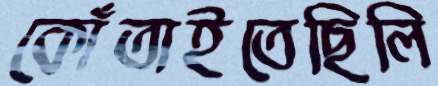
কোঁতাইতেছিলি